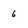
Character: 6